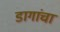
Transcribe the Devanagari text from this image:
डागांचा